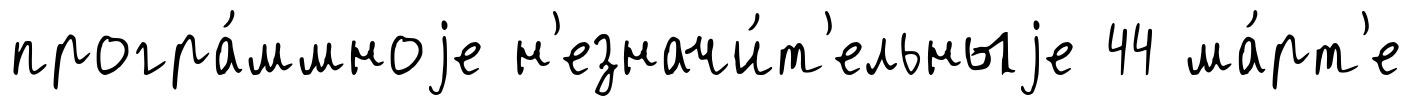
програ́ммноjе н'езначи́т'ельныjе 44 ма́рт'е